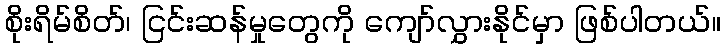
စိုးရိမ်စိတ်၊ ငြင်းဆန်မှုတွေကို ကျော်လွှားနိုင်မှာ ဖြစ်ပါတယ်။